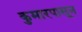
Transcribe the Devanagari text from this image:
कुमारपासून